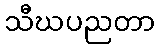
သီဃပညတာ